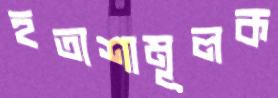
হতাশামূলক